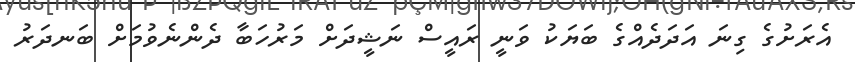
އެރަށުގެ ގިނަ އަދަދެއްގެ ބަޔަކު ވަނީ ރައީސް ނަޝީދަށް މަރުހަބާ ދެންނެވުމަށް ބަނދަރު